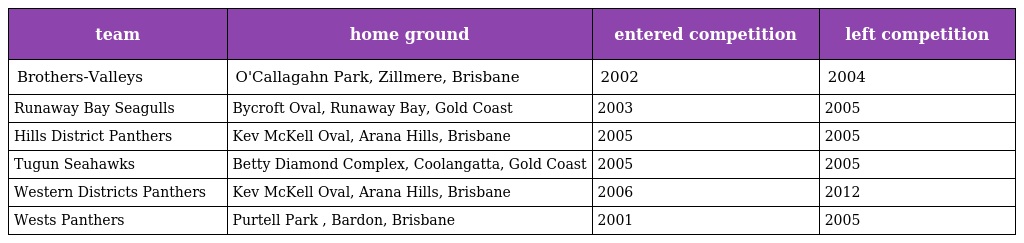
| team | home ground | entered competition | left competition |
 | --- | --- | --- | --- |
 | Brothers-Valleys | O'Callagahn Park, Zillmere, Brisbane | 2002 | 2004 |
 | Runaway Bay Seagulls | Bycroft Oval, Runaway Bay, Gold Coast | 2003 | 2005 |
 | Hills District Panthers | Kev McKell Oval, Arana Hills, Brisbane | 2005 | 2005 |
 | Tugun Seahawks | Betty Diamond Complex, Coolangatta, Gold Coast | 2005 | 2005 |
 | Western Districts Panthers | Kev McKell Oval, Arana Hills, Brisbane | 2006 | 2012 |
 | Wests Panthers | Purtell Park , Bardon, Brisbane | 2001 | 2005 |